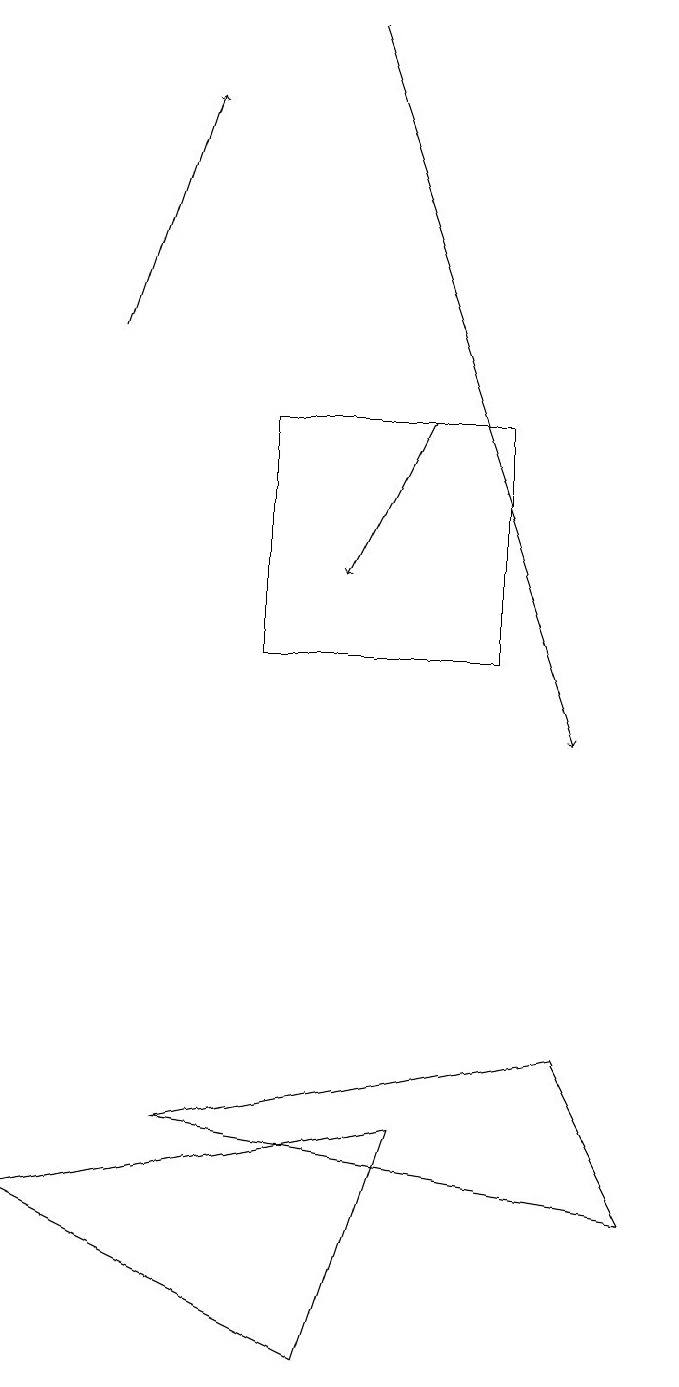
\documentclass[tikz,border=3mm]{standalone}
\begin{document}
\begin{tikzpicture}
\draw (6,5) -- (5,2) -- (1,4) -- cycle;
\draw[->] (5,19) -- (8,10);
\draw (3,5) -- (8,6) -- (9,4) -- cycle;
\draw[->] (2,15) -- (3,18);
\draw[->] (6,14) -- (5,12);
\draw (4,11) rectangle (7,14);
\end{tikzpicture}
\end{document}